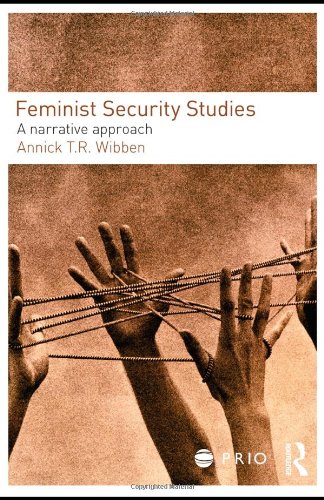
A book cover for Feminist Security Studies: A Narrative Approach (PRIO New Security Studies); Annick T. R. Wibben; Gay & Lesbian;